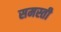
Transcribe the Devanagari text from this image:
समस्ती